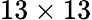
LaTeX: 13\times 13